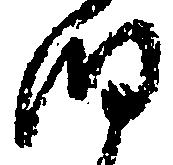
細